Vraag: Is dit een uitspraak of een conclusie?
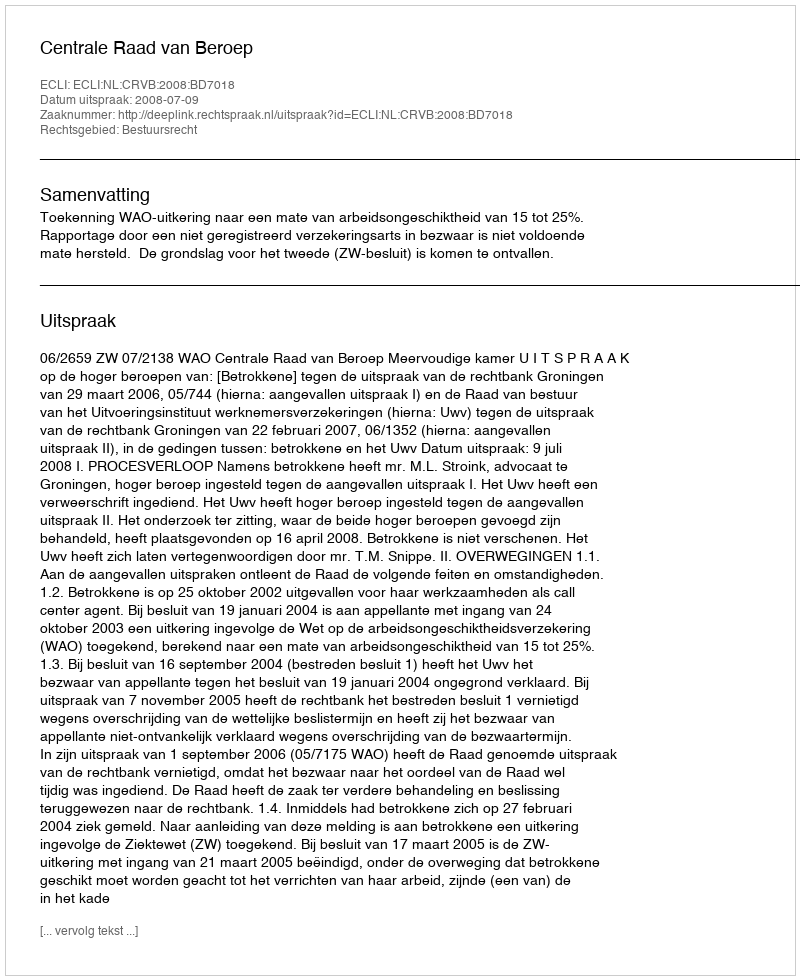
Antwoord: Uitspraak